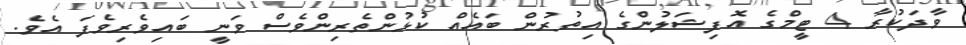
ވާދަކުރާ 4 ޓީމްގެ އޮފިޝަލުންގެ އިތުރުން ބައެއް ކުޅުންތެރިންވެސް ވަނީ ބައިވެރިވެފަ އެވެ.